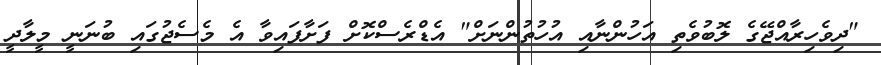
"ދިވެހިރާއްޖޭގެ ލޮބުވެތި އަހުންނާއި އުހުތުންނަށް" އެޑްރެސްކޮށް ފަށާފައިވާ އެ މެސެޖުގައި ބުނަނީ މީލާދީ